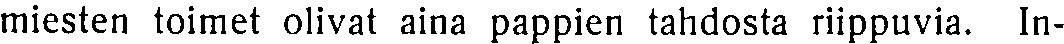
miesten toimet olivat aina pappien tahdosta riippuvia. In-